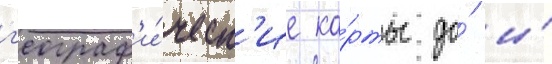
г'еограф'и́ческ'ие ка́рты до́ и́